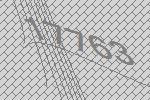
17763